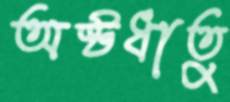
অষ্টধাতু